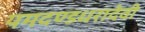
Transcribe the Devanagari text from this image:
यमदण्डधरादेवी